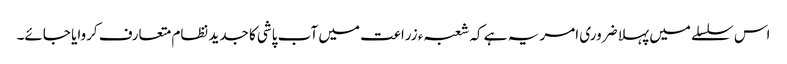
اس سلسلے میں پہلا ضروری امر یہ ہے کہ شعبہء زراعت میں آب پاشی کا جدید نظام متعارف کروایا جائے۔